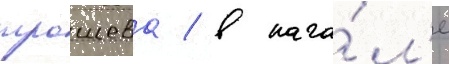
трошева / в нача́л'е